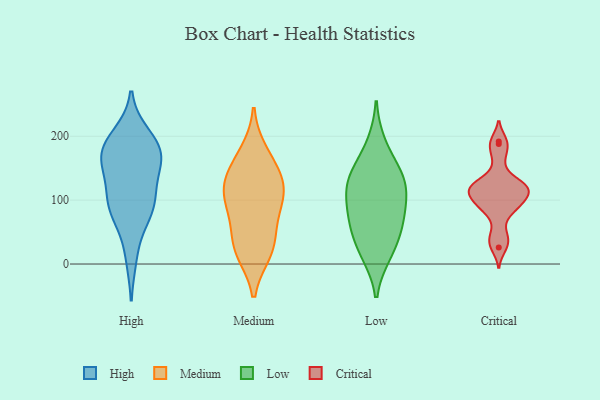
{"axis": {"x": "Energy Usage (MWh)", "y": "Value"}, "legend": ["Critical", "High", "Low", "Medium"], "data": [{"x": "", "y": 159, "type": "High"}, {"x": "", "y": 177, "type": "High"}, {"x": "", "y": 89, "type": "High"}, {"x": "", "y": 184, "type": "High"}, {"x": "", "y": 13, "type": "High"}, {"x": "", "y": 200, "type": "High"}, {"x": "", "y": 120, "type": "High"}, {"x": "", "y": 151, "type": "High"}, {"x": "", "y": 94, "type": "High"}, {"x": "", "y": 170, "type": "High"}, {"x": "", "y": 80, "type": "High"}, {"x": "", "y": 87, "type": "High"}, {"x": "", "y": 180, "type": "High"}, {"x": "", "y": 134, "type": "Medium"}, {"x": "", "y": 95, "type": "Medium"}, {"x": "", "y": 111, "type": "Medium"}, {"x": "", "y": 117, "type": "Medium"}, {"x": "", "y": 29, "type": "Medium"}, {"x": "", "y": 173, "type": "Medium"}, {"x": "", "y": 148, "type": "Medium"}, {"x": "", "y": 20, "type": "Medium"}, {"x": "", "y": 30, "type": "Medium"}, {"x": "", "y": 80, "type": "Medium"}, {"x": "", "y": 187, "type": "Low"}, {"x": "", "y": 123, "type": "Low"}, {"x": "", "y": 55, "type": "Low"}, {"x": "", "y": 144, "type": "Low"}, {"x": "", "y": 126, "type": "Low"}, {"x": "", "y": 57, "type": "Low"}, {"x": "", "y": 142, "type": "Low"}, {"x": "", "y": 107, "type": "Low"}, {"x": "", "y": 87, "type": "Low"}, {"x": "", "y": 20, "type": "Low"}, {"x": "", "y": 16, "type": "Low"}, {"x": "", "y": 75, "type": "Low"}, {"x": "", "y": 117, "type": "Critical"}, {"x": "", "y": 48, "type": "Critical"}, {"x": "", "y": 35, "type": "Critical"}, {"x": "", "y": 188, "type": "Critical"}, {"x": "", "y": 192, "type": "Critical"}, {"x": "", "y": 122, "type": "Critical"}, {"x": "", "y": 119, "type": "Critical"}, {"x": "", "y": 99, "type": "Critical"}, {"x": "", "y": 123, "type": "Critical"}, {"x": "", "y": 167, "type": "Critical"}, {"x": "", "y": 93, "type": "Critical"}, {"x": "", "y": 117, "type": "Critical"}, {"x": "", "y": 114, "type": "Critical"}, {"x": "", "y": 102, "type": "Critical"}, {"x": "", "y": 136, "type": "Critical"}, {"x": "", "y": 81, "type": "Critical"}, {"x": "", "y": 26, "type": "Critical"}, {"x": "", "y": 87, "type": "Critical"}]}